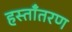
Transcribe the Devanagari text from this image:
हस्ताँतरण